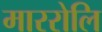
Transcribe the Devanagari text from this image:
माररोलि